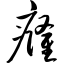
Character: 癃